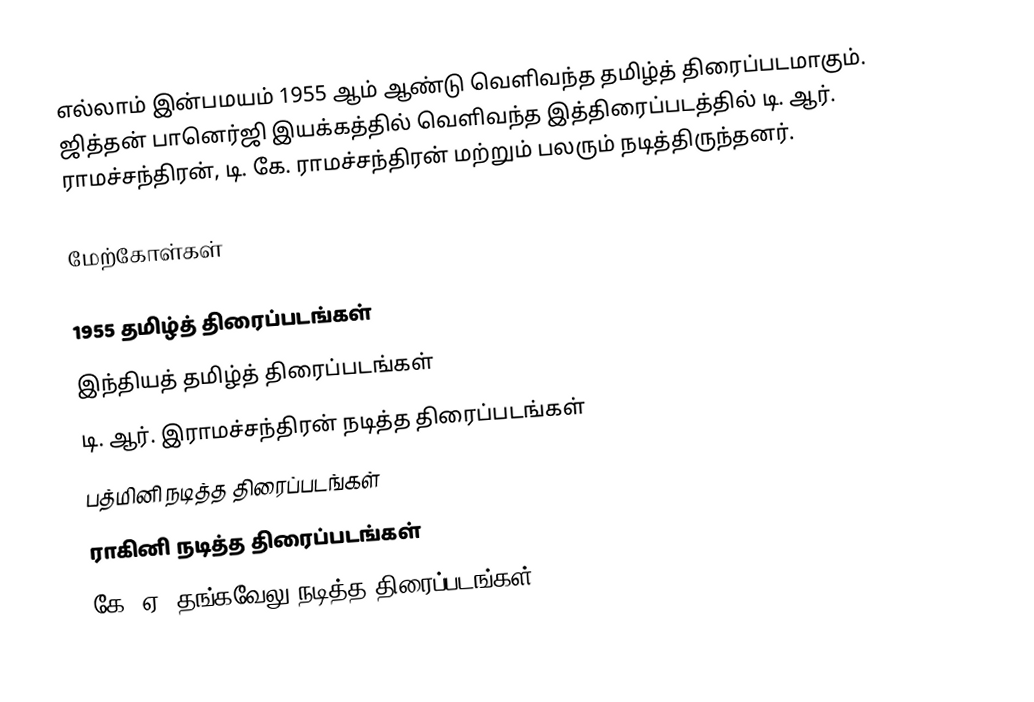
எல்லாம் இன்பமயம் 1955 ஆம் ஆண்டு வெளிவந்த தமிழ்த் திரைப்படமாகும். ஜித்தன் பானெர்ஜி இயக்கத்தில் வெளிவந்த இத்திரைப்படத்தில் டி. ஆர். ராமச்சந்திரன், டி. கே. ராமச்சந்திரன் மற்றும் பலரும் நடித்திருந்தனர்.

மேற்கோள்கள்

1955 தமிழ்த் திரைப்படங்கள்
இந்தியத் தமிழ்த் திரைப்படங்கள்
டி. ஆர். இராமச்சந்திரன் நடித்த திரைப்படங்கள்
பத்மினி நடித்த திரைப்படங்கள்
ராகினி நடித்த திரைப்படங்கள்
கே. ஏ. தங்கவேலு நடித்த திரைப்படங்கள்